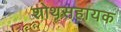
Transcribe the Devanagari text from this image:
शोथसहायक